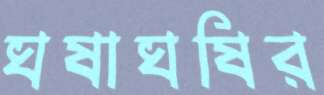
ঘষাঘষির